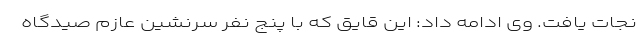
نجات یافت. وی ادامه داد: این قایق که با پنج نفر سرنشین عازم صیدگاه